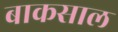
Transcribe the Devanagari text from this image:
बाकसाल